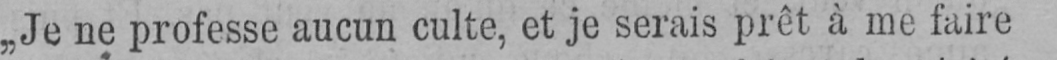
„Je ne professe aucun culte, et je serais prêt à me faire